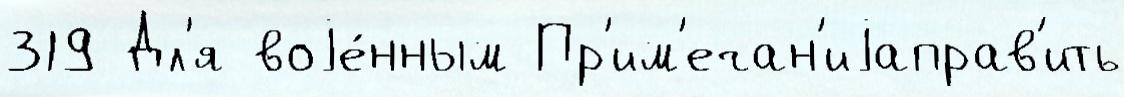
319 Дл'я воjе́нным Пр'им'ечан'иjаправ'ить